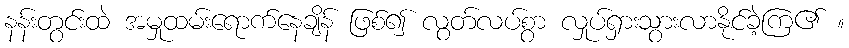
နန်းတွင်းထဲ အမှုထမ်းရောက်နေချိန် ဖြစ်၍ လွတ်လပ်စွာ လှုပ်ရှားသွားလာနိုင်ခဲ့ကြ၏ ။